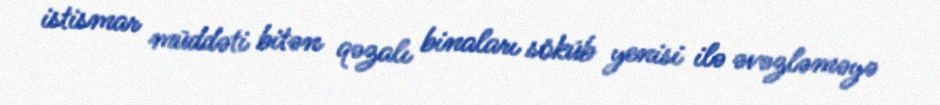
istismar müddəti bitən qəzalı binaları söküb yenisi ilə əvəzləməyə